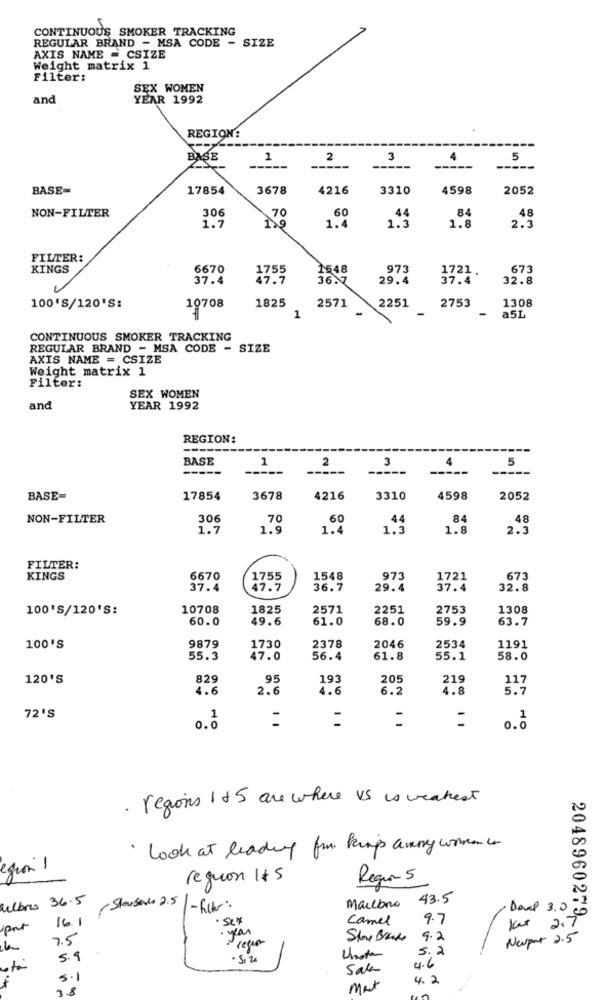
CONTINUOUS SMOKER TRACKING
REGULAR BRAND - MSA CODE - SIZE
AXIS NAME = CSIZE
Weight matrix 1
Filter:
SEX WOMEN
and
YEAR 1992
REGION:
BASE
1
2
3
4
5
BASE=
17854
3678
4216
3310
4598
2052
306
60
84
NON-FILTER
1.7
70
1.4
1.5
44
48
1.9
1.8
2.3
FILTER:
KINGS
6670
1755
1548
973
1721.
673
37.4
47.7
36.7
29.4
37.4
32.8
1825
100'S/120'S:
10708
2571
2251
2753
1308
1
a5L
CONTINUOUS SMOKER TRACKING
REGULAR BRAND - MSA CODE - SIZE
AXIS NAME = CSIZE
Weight matrix 1
Filter:
SEX WOMEN
and
YEAR 1992
REGION:
-----
BASE
1
2
3
4
5
---
BASE=
17854
3678
4216
3310
4598
2052
NON-FILTER
306
70
60
44
84
48
1.7
1.9
1.4
1.3
1.8
2.3
FILTER:
KINGS
6670
1755
1548
973
1721
673
37.4
47.7
36.7
29.4
37.4
32.8
100'S/120'S:
10708
1825
2571
2251
2753
1308
60.0
49.6
61.0
68.0
59.9
63.7
100'S
9879
1730
2378
2046
2534
1191
55.3
47.0
56.4
61.8
55.1
58.0
120'S
829
95
193
205
219
117
4.6
2.6
4.6
6.2
4.8
5.7
72'S
0. 2
0.0
1 1
· regions 1 + 5 are where vs is weakest
· Look at leading for kings avery conven io
egron !
reguon 175
Requir 5
ulbris 36.5
Mailbro
43.5
( Stouseres 2.5| - fler:
Davel 3.0
16.1
Camel
9.7
Kar 2.7
por
2048960279_
7.5
regen
9.2
Newport 2.5
Unsta
5.2
5.9
Sale
4.6
5.1
4.2
3.8
Met